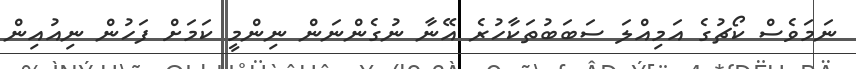
ނަމަވެސް ކޯޗުގެ އަމިއްލަ ސަބަބުތަކާހުރެ އޭނާ ނުގެންނަން ނިންމީ ކަމަށް ފަހުން ނިއުއިން